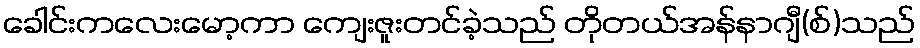
ခေါင်းကလေးမော့ကာ ကျေးဇူးတင်ခဲ့သည် တိုတယ်အန်နာဂျီ(စ်)သည်